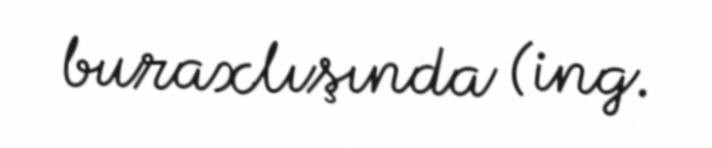
buraxlışında (ing.